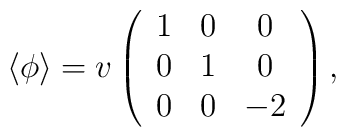
\langle \phi\rangle=v\left( \begin{array}{ccc} 1&0&0\\ 0&1&0\\ 0&0&-2\end{array}\right),